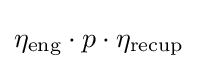
\eta _{\text{eng}}\cdot p\cdot \eta _{\text{recup}}